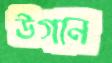
উগান